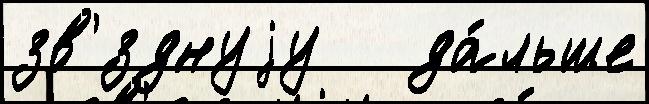
зв'́зднуjу   да́льше